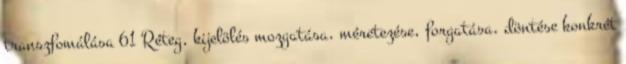
transzfomálása 61 Réteg, kijelölés mozgatása, méretezése, forgatása, döntése konkrét